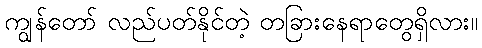
ကျွန်တော် လည်ပတ်နိုင်တဲ့ တခြားနေရာတွေရှိလား။